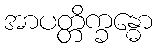
အာပတ္တိက္ခန္ဓော